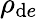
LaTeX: \rho_{\mathrm{d}e}